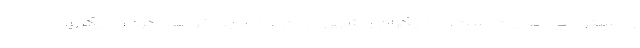
و مستوجب مجازات است، با دیگران و شهروندان عادی چه خواهد کرد؟ دیگری